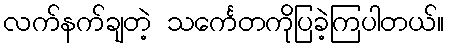
လက်နက်ချတဲ့ သင်္ကေတကိုပြခဲ့ကြပါတယ်။